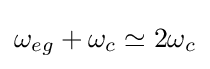
\omega _{eg}+\omega _{c}\simeq 2\omega _{c}